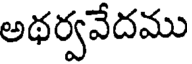
అథర్వవేదము